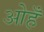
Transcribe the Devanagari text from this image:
ओहँ